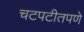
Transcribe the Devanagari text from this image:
चटपटीतपणे